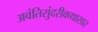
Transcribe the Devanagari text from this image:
अवंतिसुंदरीकथासार